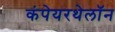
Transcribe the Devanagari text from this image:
कंपेयरथेलॉन